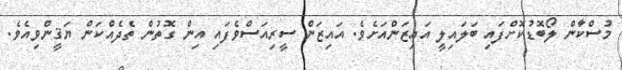
މުސްކާން ލޯބޮޑުކޮށްފައި ބަލައިލީ އައިޒަންއަށެވެ. އައިޒަން ސީރިއަސްވެފައި އިން ގޮތުން ތެދެއްކަން ޔަޤީންވިއެވެ.